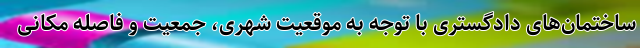
ساختمان‌های دادگستری با توجه به موقعیت شهری، جمعیت و فاصله مکانی